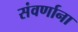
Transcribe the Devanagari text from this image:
संवर्णाना